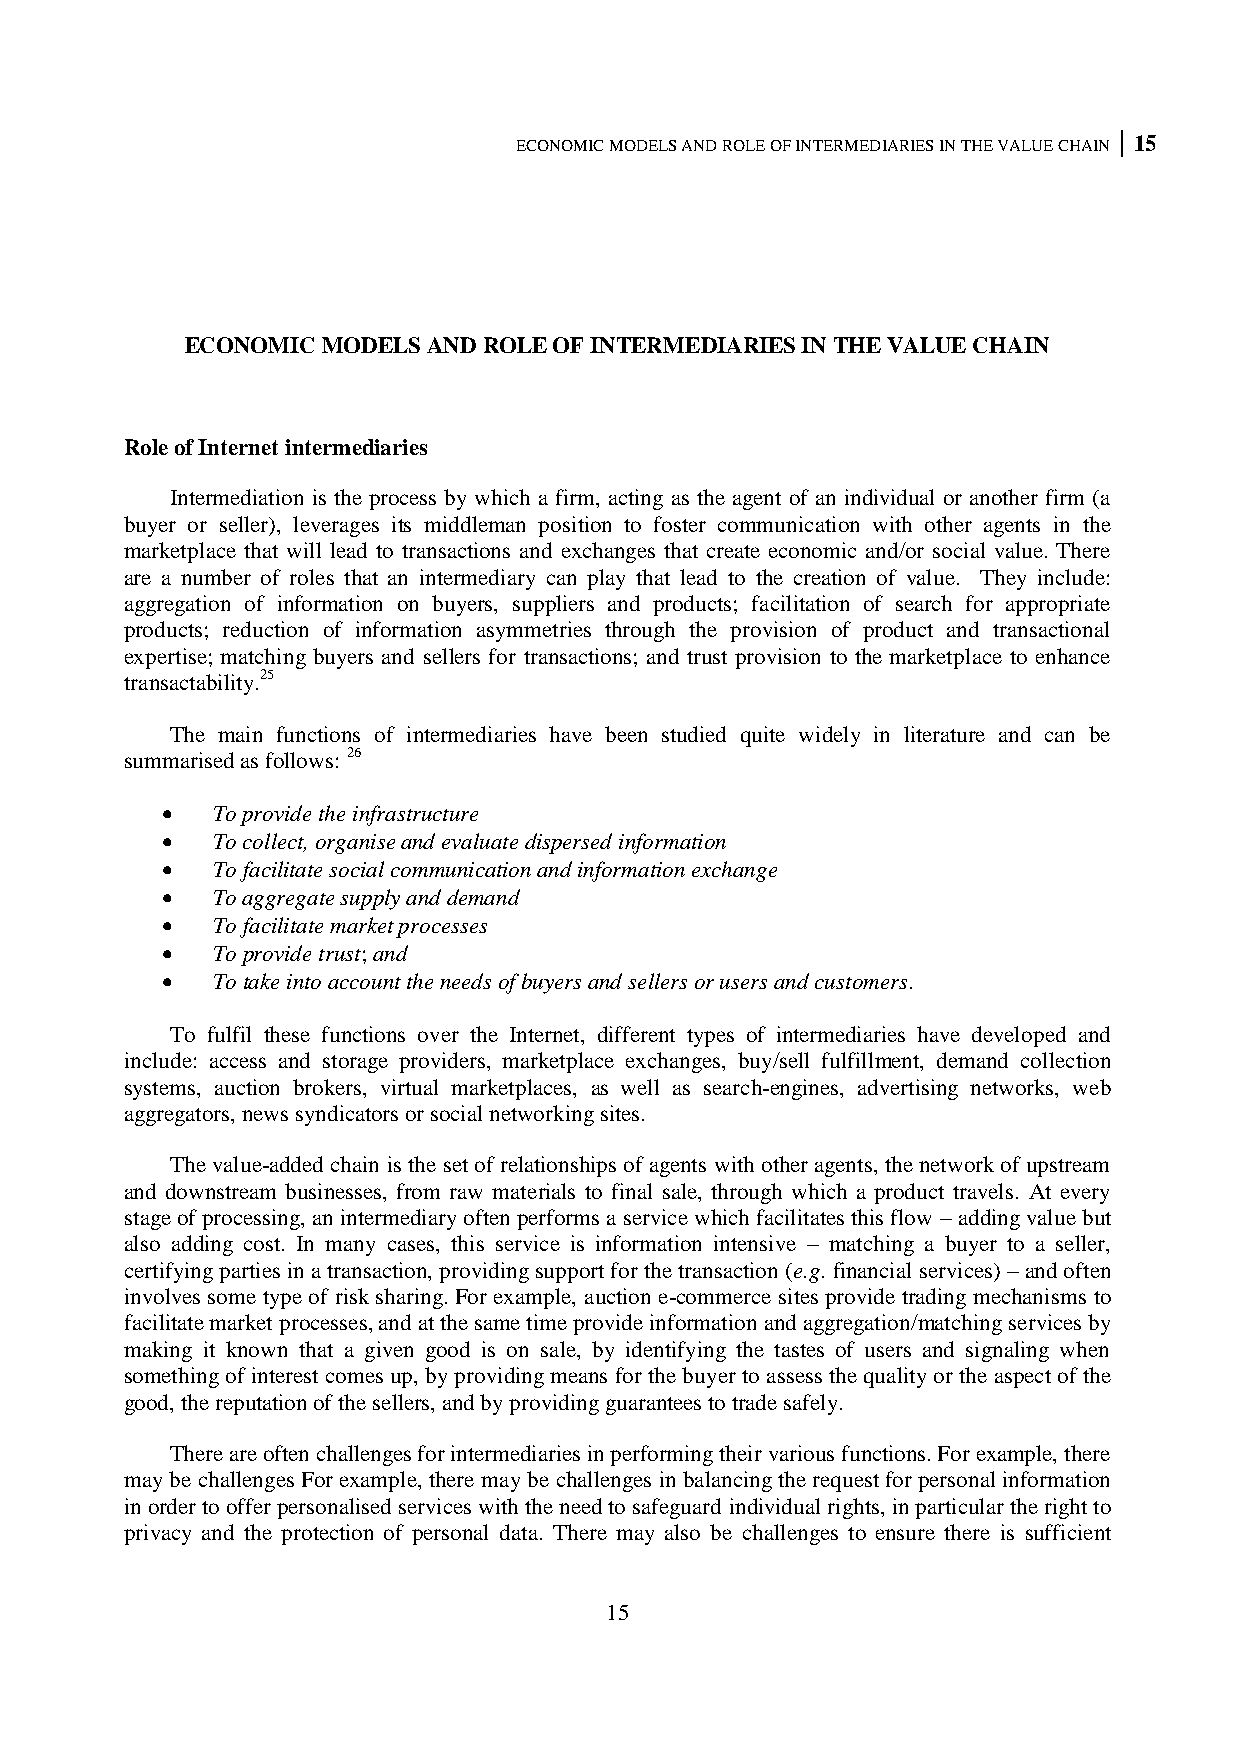
ECONOMIC MODELS AND ROLE OF INTERMEDIARIES IN THE VALUE CHAIN 15
 ECONOMIC MODELS AND ROLE OF INTERMEDIARIES IN THE VALUE CHAIN
 Role of Internet intermediaries
 Intermediation is the process by which a firm, acting as the agent of an individual or another firm (a
 buyer or seller), leverages its middleman position to foster communication with other agents in the
 marketplace that will lead to transactions and exchanges that create economic and/or social value. There
 are a number of roles that an intermediary can play that lead to the creation of value. They include:
 aggregation of information on buyers, suppliers and products; facilitation of search for appropriate
 products; reduction of information asymmetries through the provision of product and transactional
 expertise; matching buyers and sellers for transactions; and trust provision to the marketplace to enhance
 transactability.25
 The main functions of intermediaries have been studied quite widely in literature and can be
 summarised as follows: 26
   To provide the infrastructure
   To collect, organise and evaluate dispersed information
   To facilitate social communication and information exchange
   To aggregate supply and demand
   To facilitate market processes
   To provide trust; and
   To take into account the needs of buyers and sellers or users and customers.
 To fulfil these functions over the Internet, different types of intermediaries have developed and
 include: access and storage providers, marketplace exchanges, buy/sell fulfillment, demand collection
 systems, auction brokers, virtual marketplaces, as well as search-engines, advertising networks, web
 aggregators, news syndicators or social networking sites.
 The value-added chain is the set of relationships of agents with other agents, the network of upstream
 and downstream businesses, from raw materials to final sale, through which a product travels. At every
 stage of processing, an intermediary often performs a service which facilitates this flow – adding value but
 also adding cost. In many cases, this service is information intensive – matching a buyer to a seller,
 certifying parties in a transaction, providing support for the transaction (e.g. financial services) – and often
 involves some type of risk sharing. For example, auction e-commerce sites provide trading mechanisms to
 facilitate market processes, and at the same time provide information and aggregation/matching services by
 making it known that a given good is on sale, by identifying the tastes of users and signaling when
 something of interest comes up, by providing means for the buyer to assess the quality or the aspect of the
 good, the reputation of the sellers, and by providing guarantees to trade safely.
 There are often challenges for intermediaries in performing their various functions. For example, there
 may be challenges For example, there may be challenges in balancing the request for personal information
 in order to offer personalised services with the need to safeguard individual rights, in particular the right to
 privacy and the protection of personal data. There may also be challenges to ensure there is sufficient
 15